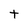
Character: t